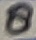
Text: 8